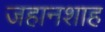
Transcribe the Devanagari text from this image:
जहानशाह